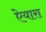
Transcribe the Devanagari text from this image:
ऐयारा